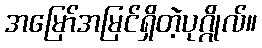
အမြော်အမြင်ရှိတဲ့ပုဂ္ဂိုလ်။